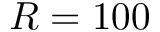
R = 1 0 0